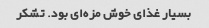
بسیار غذای خوش مزه‌ای بود. تشکر